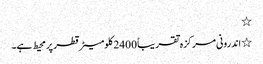
٭
٭ اندرونی مرکزہ تقریباً 2400 کلومیٹر قطر پر محیط ہے۔